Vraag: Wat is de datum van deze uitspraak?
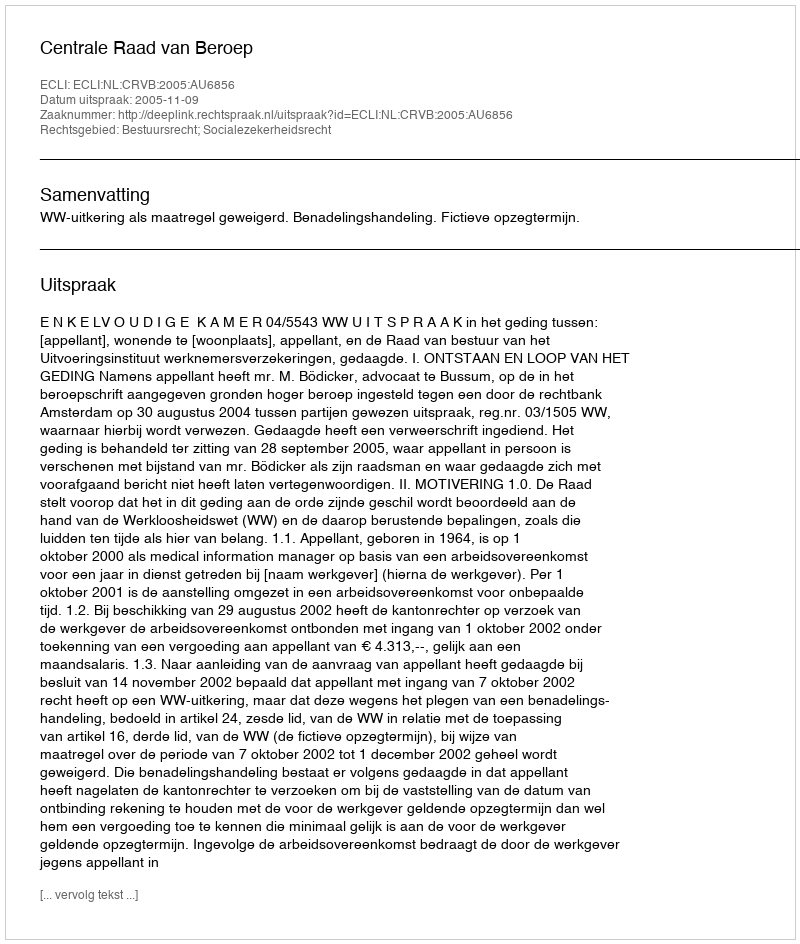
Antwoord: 2005-11-09